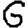
Digit: 6